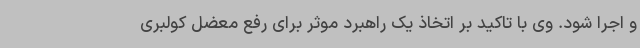
و اجرا شود. وی با تاکید بر اتخاذ یک راهبرد موثر برای رفع معضل کولبری